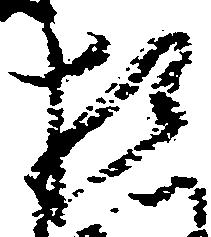
相